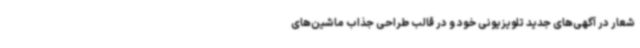
شعار در آگهی‌های جدید تلویزیونی خود و در قالب طراحی جذاب ماشین‌های